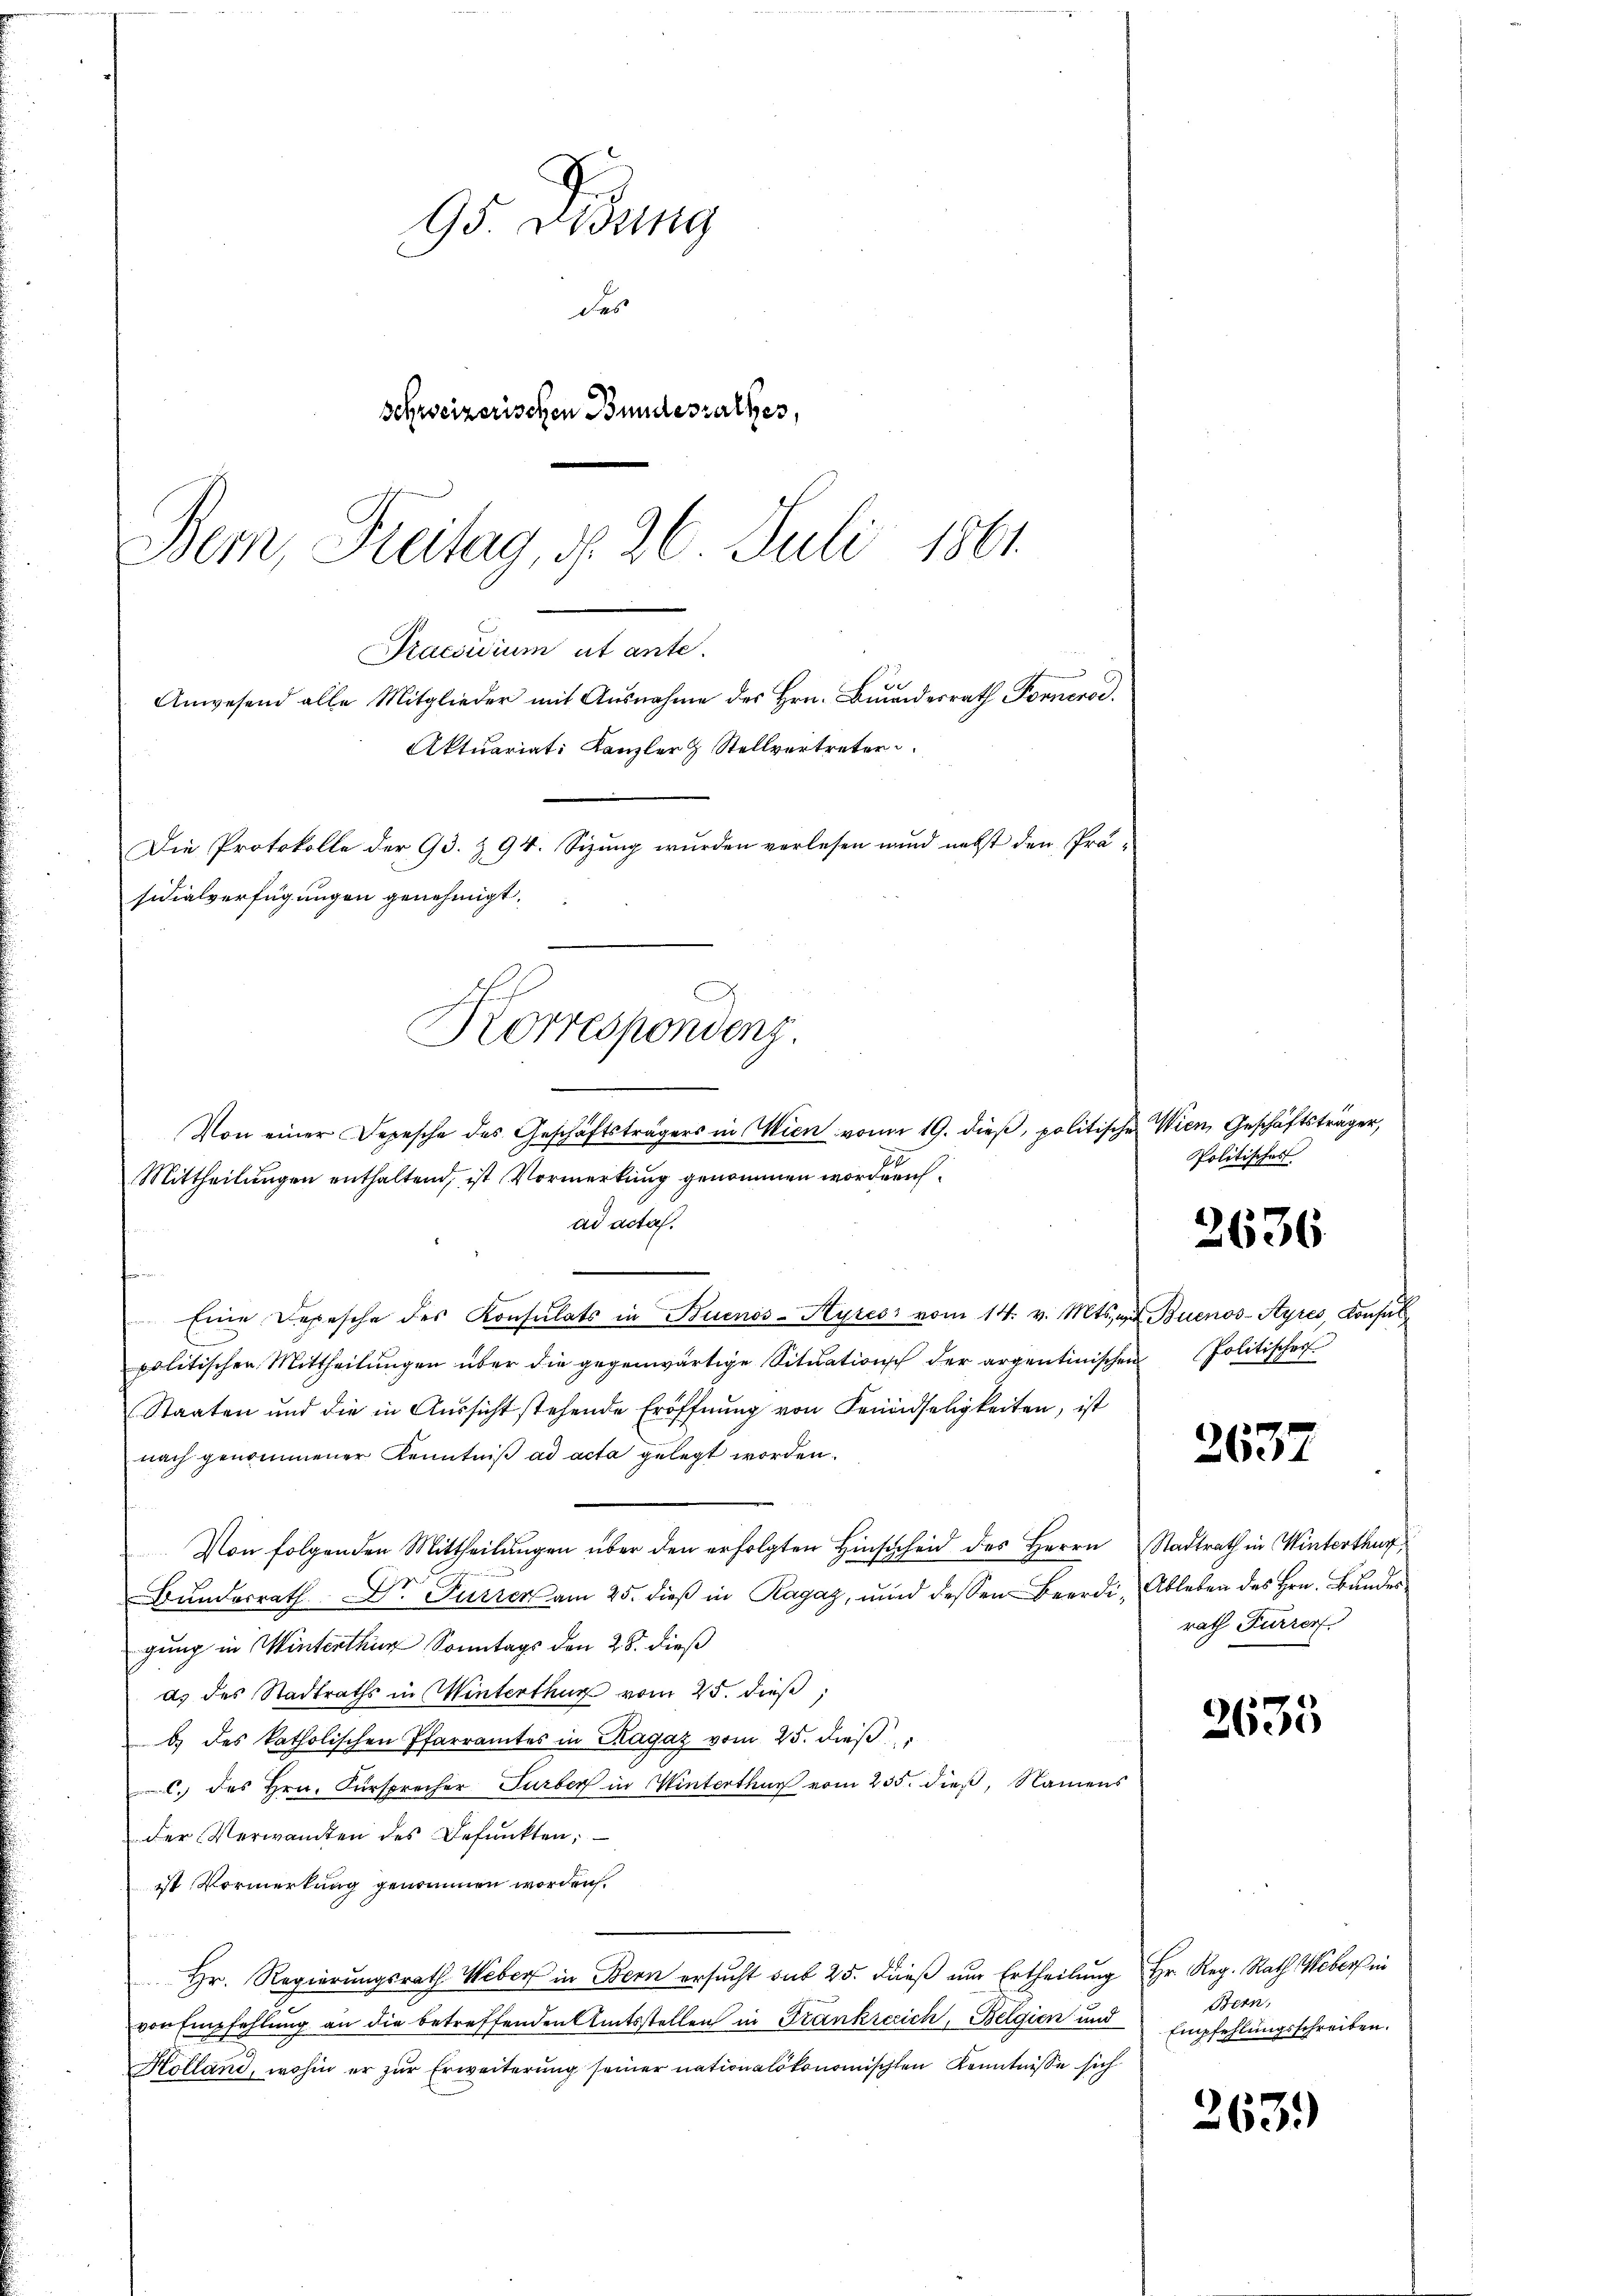
95. Dedung
des
schweizerischen Bundesrathes,
Bem, Freitag, d. 26. Juli 1861.

Praedicium
Anwesend alle Mitglieder mit Ausnahme des Hrn. Bundesrath Fornerod.
Aktuariat: Kanzler & Stellvertreter
Die Protokolle der 93. § 94. Sizung wurden verlesen wird nebst den Präsidialverfügungen genehmigt.
Korrespondenz.
Von einer Depesche des Geschäftsträgers in Wien von 19. dieβ, politische Wien, Geschäftsträger,

Mittheilungen enthaltend, ist Vormerkung genommen worden.
ad actas.
n
¬
Eine Depesche des Konsulats in Buenos-Ayres vom 14. v. Mts. z. Buenos-Ayres, Konsul
politischen Mittheilŭngen über die gegenwärtige Sitŭationsch der argentinischen Politischer
Staaten und die in Aŭssicht stehende Eröffnŭng von Feindseligkeiten, ist
nach genommener Kenntniß ad acta gelegt worden.
Von folgenden Mittheilŭngen über den erfolgten Hinscheid des Herrn Stadtrath in Winterthur,
Bundesrath Dr. Furrer am 25. dieß in Ragaz, und dessen Beerdi, Ableben des Hrn. Bundesgung in Winterthur Sonntags den 28. dieß
ds des Stadtraths in Winterthur vom 25. dieß,
b) des katholischen Pfarramtes in Kagaz vom 25. dieß
C. des Hrn. Fürsprecher Turber in Winterthur vom 235. dieß, Namens
der Verwandten des Befunkten;
ist Vormerkung genommen worden.

Hr. Regierungsrath Weber in Bern ersucht sub 25. dieß um Ertheilung Hr. Reg. Rath Weber in
von Empfehlung an die betreffenden Amtsstellen in Frankreich, Belgien und
Holland, wohin er zur Erweiterung seiner nationalökonomischten Kenntnisse sich

Politisches

2636

2637

rath Furrer.

2635

Bern,
Empfehlungsschreiben.

2639)